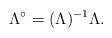
LaTeX: \begin{align*}\Lambda^\circ = (\Lambda)^{-1} \Lambda.\end{align*}